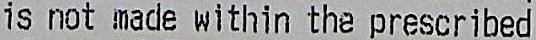
IS NOT MADE WITHIN THE PRESCRIBED